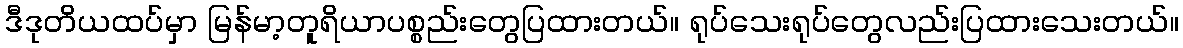
ဒီဒုတိယထပ်မှာ မြန်မာ့တူရိယာပစ္စည်းတွေပြထားတယ်။ ရုပ်သေးရုပ်တွေလည်းပြထားသေးတယ်။